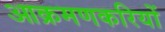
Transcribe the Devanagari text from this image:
आक्रमणकरियों